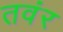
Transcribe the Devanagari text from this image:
तवंर